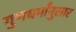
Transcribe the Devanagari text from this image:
गुणधर्मांनुसार